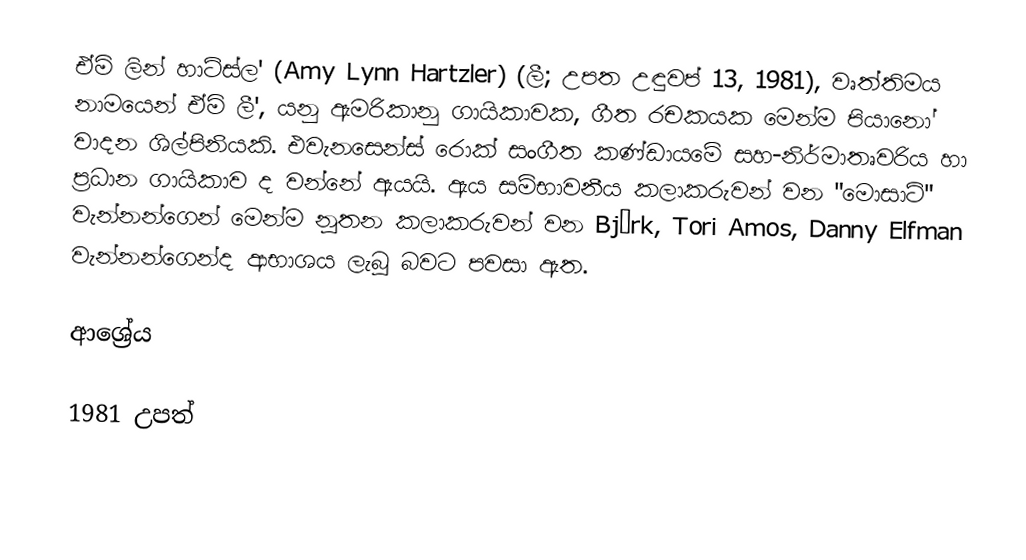
ඒමි ලින් හාට්ස්ල' (Amy Lynn Hartzler) (ලී; උපත උඳුවප් 13, 1981), වෘත්තිමය නාමයෙන් ඒමි ලී', යනු ඇමරිකානු ගායිකාවක, ගීත රචකයක මෙන්ම පියානෝ වාදන ශිල්පිනියකි. එවැනසෙන්ස් රොක් සංගීත කණ්ඩායමේ සහ-නිර්මාතෘවරිය හා ප්‍රධාන ගායිකාව ද වන්නේ ඇයයි. ඇය සම්භාවනීය කලාකරුවන් වන "මොසාට්" වැන්නන්ගෙන් මෙන්ම නූතන කලාකරුවන් වන Björk, Tori Amos, Danny Elfman වැන්නන්ගෙන්ද ආභාශය ලැබූ බවට පවසා ඇත.

ආශ්‍රේය

1981 උපත්